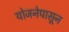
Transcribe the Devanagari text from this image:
योजनेपासून